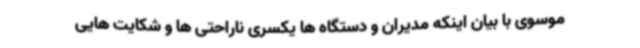
موسوی با بیان اینکه مدیران و دستگاه ها یکسری ناراحتی ها و شکایت هایی